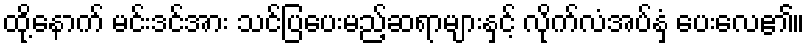
ထို့နောက် မင်းဒင်အား သင်ပြပေးမည့်ဆရာများနှင့် လိုက်လံအပ်နှံ ပေးလေ၏။